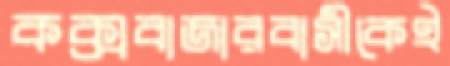
কক্সবাজারবাসীকেই